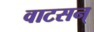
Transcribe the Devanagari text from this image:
वाटसन्